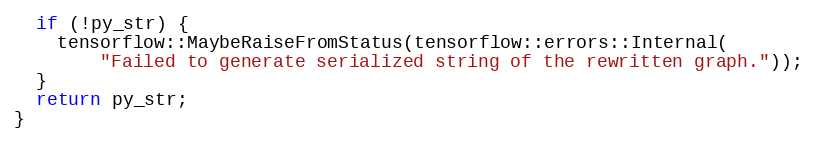
Language: C++
  if (!py_str) {
    tensorflow::MaybeRaiseFromStatus(tensorflow::errors::Internal(
        "Failed to generate serialized string of the rewritten graph."));
  }
  return py_str;
}